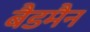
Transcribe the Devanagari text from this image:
बैडमैन